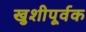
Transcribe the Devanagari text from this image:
खुशीपूर्वक